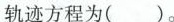
轨迹方程为( ).。